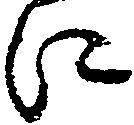
に